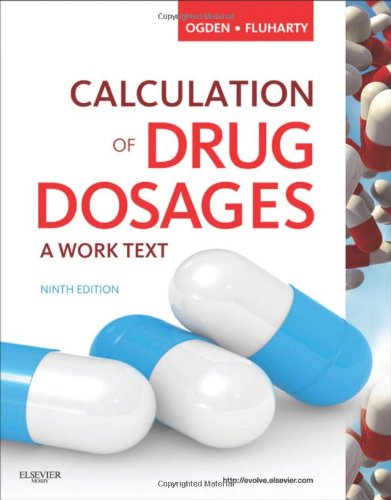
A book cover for Calculation of Drug Dosages: A Work Text, 9e; Sheila J. Ogden RN  MSN; Medical Books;